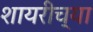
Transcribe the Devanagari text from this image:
शायरीच्या